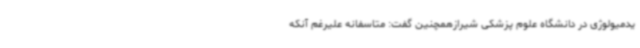
یدمیولوژی در دانشگاه علوم پزشکی شیرازهمچنین گفت: متاسفانه علیرغم آنکه